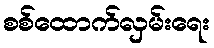
စစ်ထောက်လှမ်းရေး